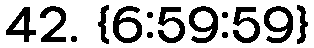
42. {6:59:59}